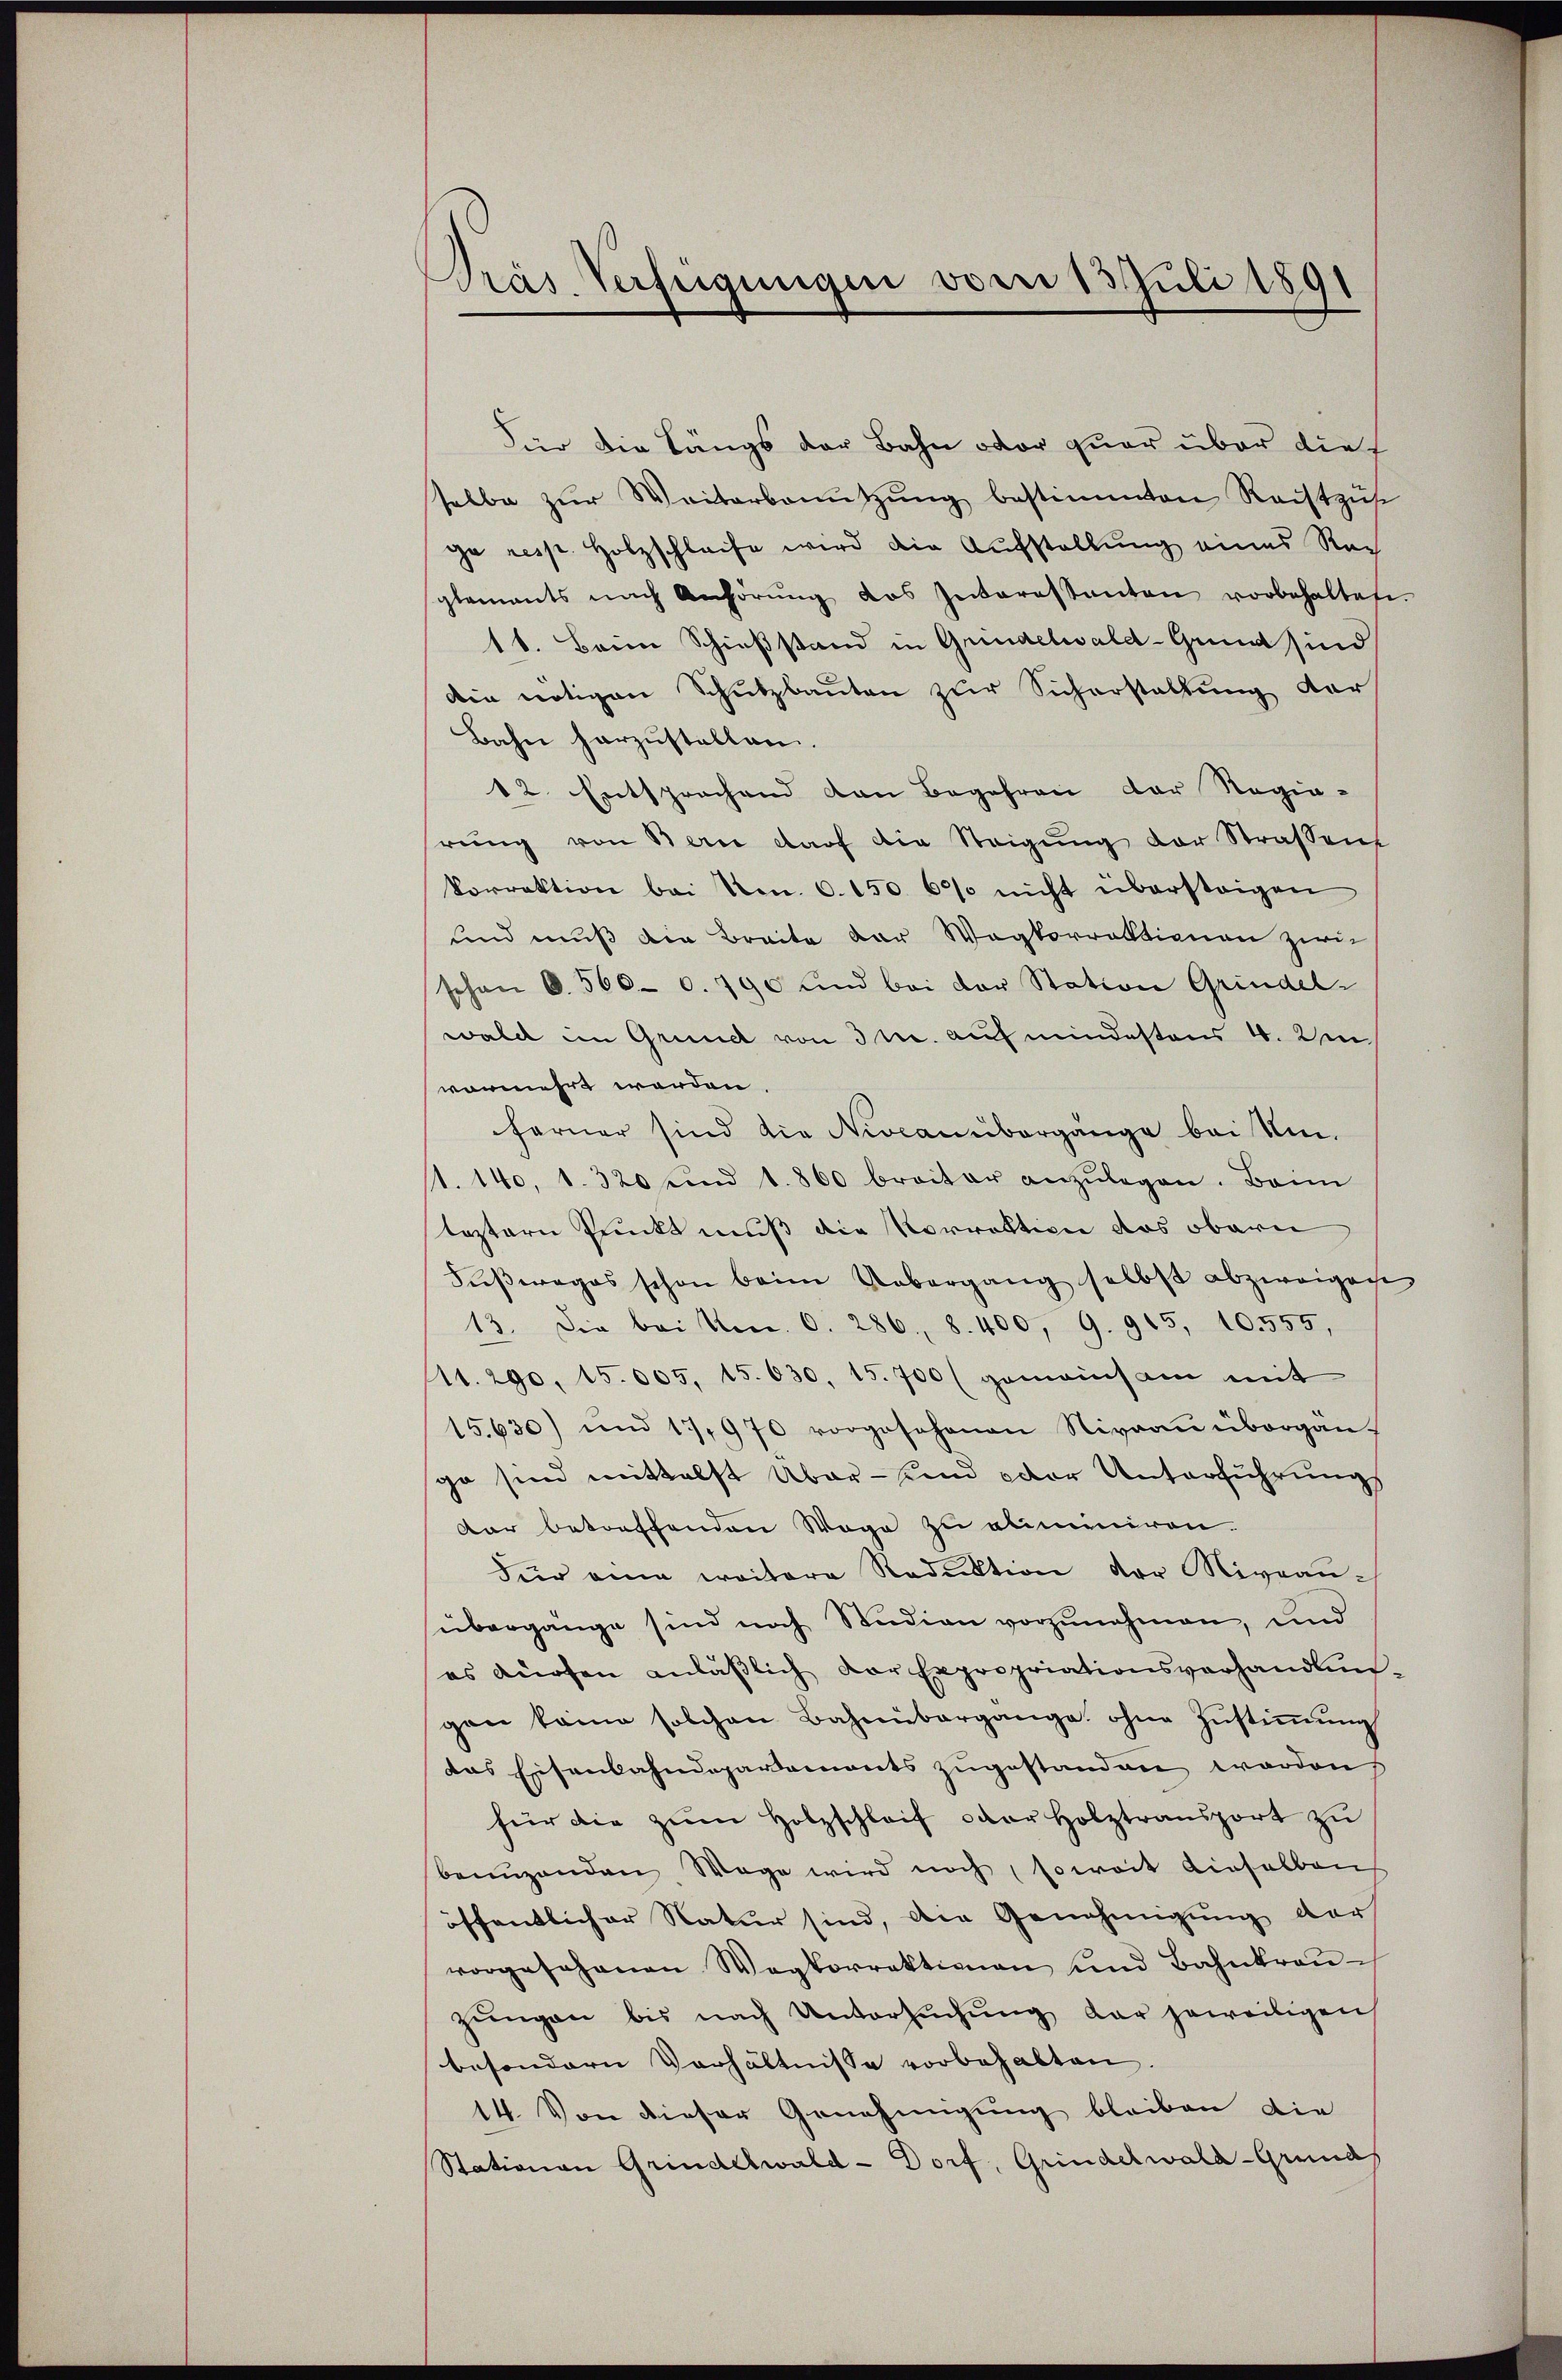
Pras Verfügungen vom 13. Juli 1891

Für die Längs der Bahn oder quer über dies
selbe zŭr Weiterbenŭtzŭng bestimmten Raistzŭse
ge resp. Holzschleife wird die Aufstellung eines Rech
glements nach Anhörŭng des Interessanten vorbehaltete.
11. Beim Schießstand in Grundelwald-Grnd sind
die nötigen Schutzbauten zur Sicherstellung dar¬
Bahn herzustellen.
12. Entsprechend den Begehren der Regierŭng von Bern darf die Steigung der Strassens
korrektion bei No. 6. 150. 600 nicht übersteigen
und muß die Breite der Wegkorrektionen zwei
schon 6. 560 - 6. 790 und bei der Station Grindel-
wald im Grund von 3 r. auf mindestens 4. Um
vermehrt werden.
ferner sind die Niveauübergänge bei Ne¬
11. 140, 1. 320 und 1860 breiter anzŭlegen. Baim
leztern Punkt muß die Vorrektion das obern
Fŭβweges schon beim Uebergang selbst abzweigen
13. Die bei No. 6. 286, 8. 400, 9. 915, 10.555,
11. 290, 15.005, 15. 630, 15. 700 (gemeinsam mit
15,630) und 17,970 vorgesehenen Niveau übergän-
sga sind mittelst Über- und der Unterführung
dar betreffenden Wege zu aliminiren.
Für eine weitere Reduktion der Niveau-
übergänge sind noch Studien vorzunehmen, und
es dürfen anläβlich der Expropriationsverhandlungen kain solchen Bahnübergange ohne Zŭstiṁŭng
das Eisenbahndeparaments zugestanden worden.
für die zŭm Holzschlaf der Holztransport zŭ
benuzenden Wege wird noch soweit dieselben
öffentlicher Natur sind, die Genehmigung ders
vorgesehenen Wegkorrektionen und Bahnkron
zŭngen bis nach Untersŭchŭng der jeweiligen
besondern Verhältnisse vorbehalten.
14. Von dieser Genehmigung bleiben die
Stationen Grindelwald-Dorf, Grindelwald-Grunds